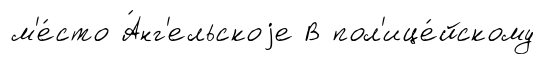
м'е́сто А́нг'ельскоjе В пол'ице́йскому